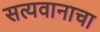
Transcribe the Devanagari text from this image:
सत्यवानाचा